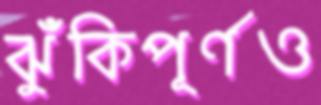
ঝুঁকিপূর্ণও